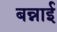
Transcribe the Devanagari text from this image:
बन्नाई